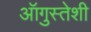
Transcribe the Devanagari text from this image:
ऑगुस्तेशी